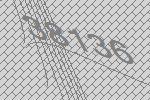
38136